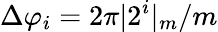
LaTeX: \Delta\varphi_{i}=2\pi|2^{i}|_{m}/m